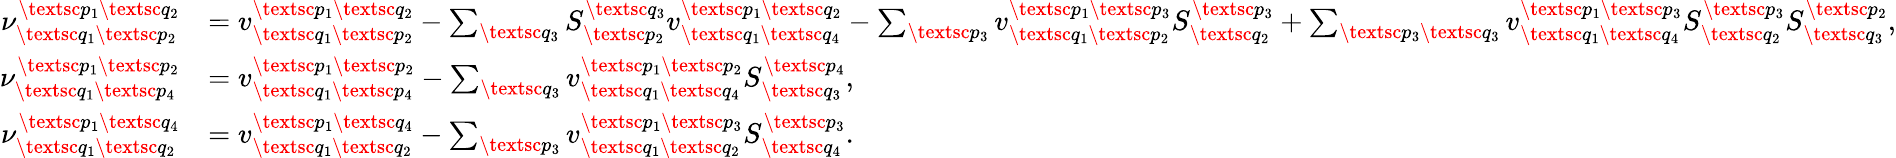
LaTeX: \begin{array}{rl}{\nu_{\textsc{q}_{1}\textsc{p}_{2}}^{\textsc{p}_{1}\textsc{q}_{2}}}&{=v_{\textsc{q}_{1}\textsc{p}_{2}}^{\textsc{p}_{1}\textsc{q}_{2}}-\sum_{\textsc{q}_{3}}S_{\textsc{p}_{2}}^{\textsc{q}_{3}}{v}_{\textsc{q}_{1}\textsc{q}_{4}}^{\textsc{p}_{1}\textsc{q}_{2}}-\sum_{\textsc{p}_{3}}v_{\textsc{q}_{1}\textsc{p}_{2}}^{\textsc{p}_{1}\textsc{p}_{3}}S_{\textsc{q}_{2}}^{\textsc{p}_{3}}+\sum_{\textsc{p}_{3}\textsc{q}_{3}}v_{\textsc{q}_{1}\textsc{q}_{4}}^{\textsc{p}_{1}\textsc{p}_{3}}S_{\textsc{q}_{2}}^{\textsc{p}_{3}}S_{\textsc{q}_{3}}^{\textsc{p}_{2}},}\\ {\nu_{\textsc{q}_{1}\textsc{p}_{4}}^{\textsc{p}_{1}\textsc{p}_{2}}}&{=v_{\textsc{q}_{1}\textsc{p}_{4}}^{\textsc{p}_{1}\textsc{p}_{2}}-\sum_{\textsc{q}_{3}}v_{\textsc{q}_{1}\textsc{q}_{4}}^{\textsc{p}_{1}\textsc{p}_{2}}S_{\textsc{q}_{3}}^{\textsc{p}_{4}},}\\ {\nu_{\textsc{q}_{1}\textsc{q}_{2}}^{\textsc{p}_{1}\textsc{q}_{4}}}&{=v_{\textsc{q}_{1}\textsc{q}_{2}}^{\textsc{p}_{1}\textsc{q}_{4}}-\sum_{\textsc{p}_{3}}v_{\textsc{q}_{1}\textsc{q}_{2}}^{\textsc{p}_{1}\textsc{p}_{3}}S_{\textsc{q}_{4}}^{\textsc{p}_{3}}.}\end{array}